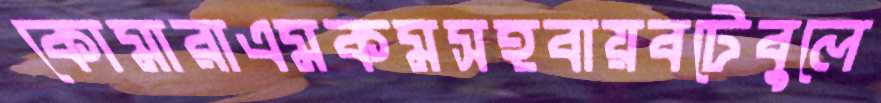
কোমারাএমকমসহবায়বটেবুলে